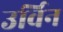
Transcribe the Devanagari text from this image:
उर्विन